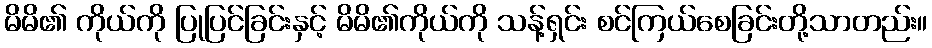
မိမိ၏ ကိုယ်ကို ပြုပြင်ခြင်းနှင့် မိမိ၏ကိုယ်ကို သန့်ရှင်း စင်ကြယ်စေခြင်းတို့သာတည်း။